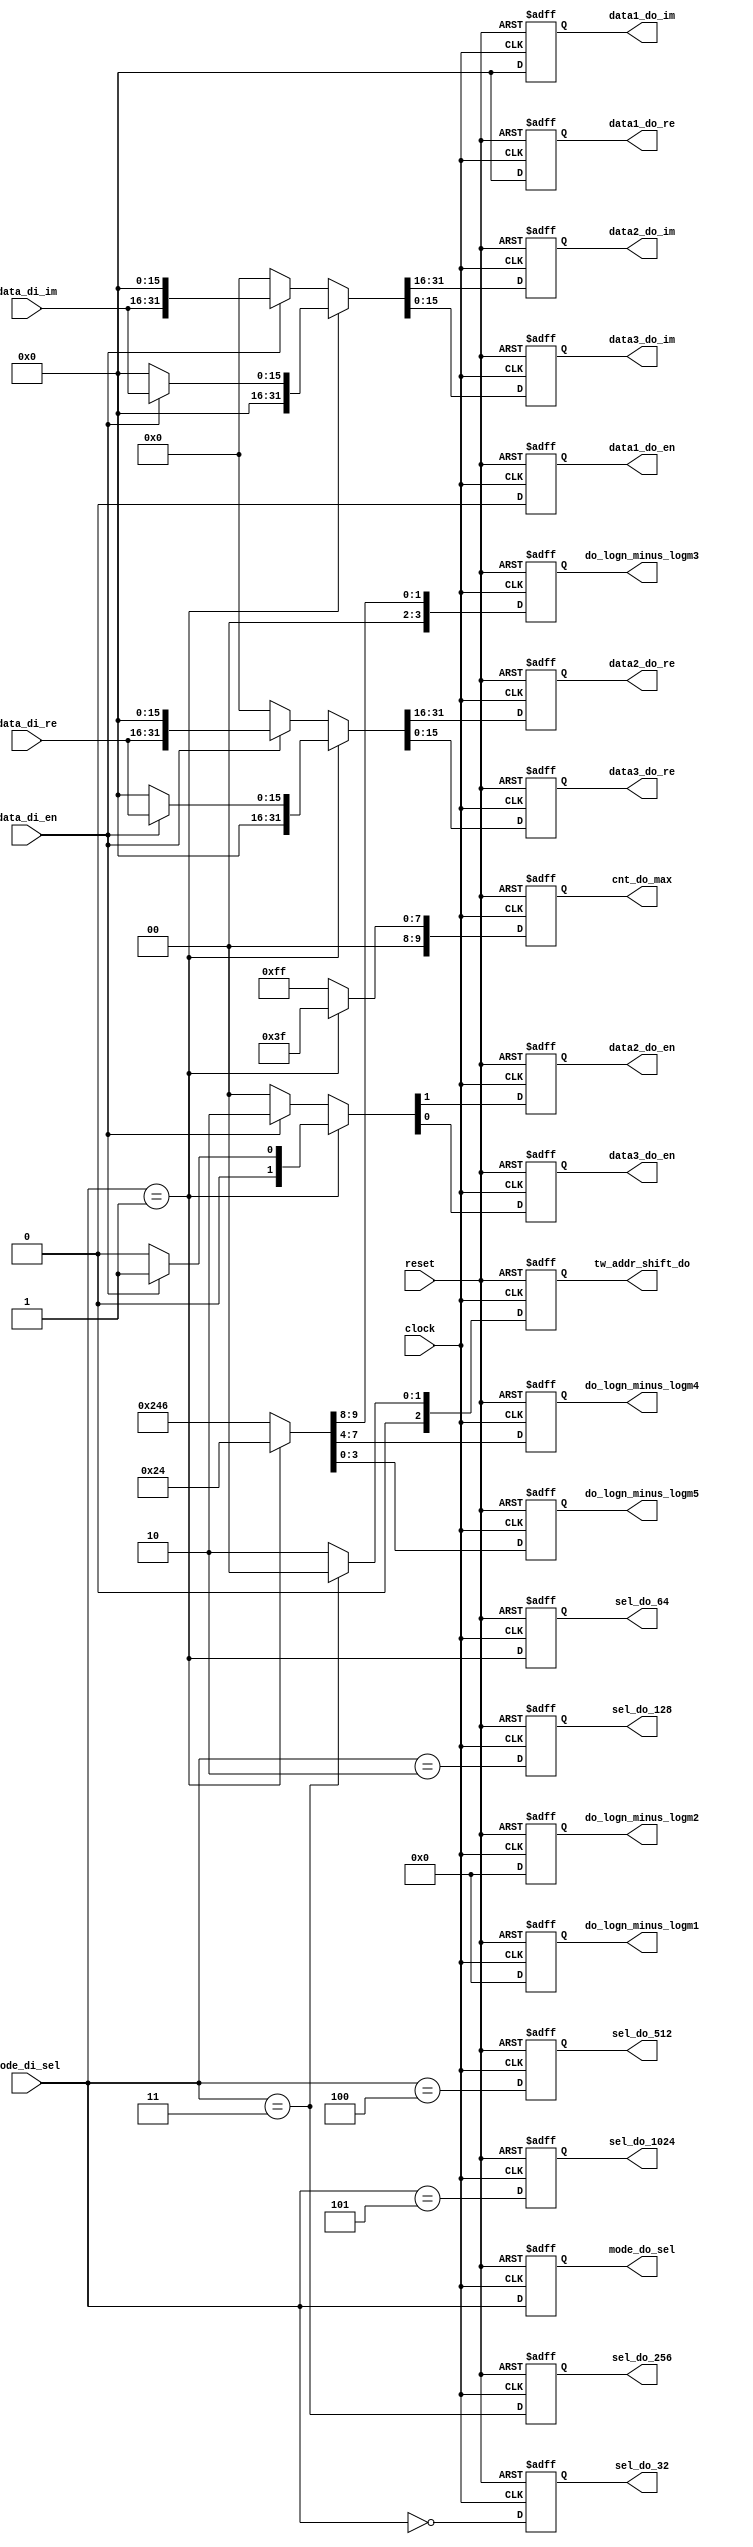
`timescale 1ns / 1ps
//////////////////////////////////////////////////////////////////////////////////
// Company: 
// Engineer: 
// 
// Design Name: 
// Module Name: InputCircuit
// Project Name: 
// Target Devices: 
// Tool Versions: 
// Description: 
// 
// Dependencies: 
// 
// Revision:
// Revision 0.01 - File Created
// Additional Comments:
// 
//////////////////////////////////////////////////////////////////////////////////

module InputCircuit
#(
	parameter   WIDTH = 16
)
(
	input				 clock       , // Master Clock
	input 				 reset       , // Active High Asynchronous Reset
	input 	[2:0] 		 mode_di_sel , // Point Select
	input 			     data_di_en  , // Input Data Enable
	input  [WIDTH-1 : 0] data_di_re  , // Input Data (Real)
	input  [WIDTH-1 : 0] data_di_im  , // Input Data (Imag)

	output 				 sel_do_32   ,
	output 				 sel_do_64   ,
	output 				 sel_do_128  ,
	output 				 sel_do_256  ,
	output 				 sel_do_512  ,
	output 				 sel_do_1024 ,
	output 				 data1_do_en , // Output Data1 Enable
	output 				 data2_do_en , // Output Data2 Enable
	output 				 data3_do_en , // Output Data3 Enable
	output [WIDTH-1 : 0] data1_do_re , // Output Data1 (Real) 
	output [WIDTH-1 : 0] data2_do_re , // Output Data2 (Real)
	output [WIDTH-1 : 0] data3_do_re , // Output Data3 (Real)
	output [WIDTH-1 : 0] data1_do_im , // Output Data1 (Imag)
	output [WIDTH-1 : 0] data2_do_im , // Output Data2 (Imag)
	output [WIDTH-1 : 0] data3_do_im , // Output Data3 (Imag)

	output [2:0] 	tw_addr_shift_do ,
	output [9:0]		 cnt_do_max	 , // Max=1023
	output [2:0] 		 mode_do_sel , // Point Select
	output [3:0] do_logn_minus_logm1 , // 
	output [3:0] do_logn_minus_logm2 , // 
	output [3:0] do_logn_minus_logm3 , // 
	output [3:0] do_logn_minus_logm4 , // 
	output [3:0] do_logn_minus_logm5   // 
);

//-----------------------------------------------------------------------
// mode_sel: 3'b000: 32   point FFT;	mode_sel: 3'b001: 64   point FFT;
// mode_sel: 3'b010: 128  point FFT;	mode_sel: 3'b011: 256  point FFT;
// mode_sel: 3'b100: 512  point FFT;	mode_sel: 3'b101: 1024 point FFT;
//-----------------------------------------------------------------------

localparam mode32   = 0;
localparam mode64   = 1;
localparam mode128  = 2;
localparam mode256  = 3;
localparam mode512  = 4;
localparam mode1024 = 5;


wire sel_32,sel_128,sel_512;
wire sel_64,sel_256,sel_1024;

assign sel_32  = (mode_di_sel==3'b000);
assign sel_128 = (mode_di_sel==3'b010);
assign sel_512 = (mode_di_sel==3'b100);

assign sel_64   = (mode_di_sel==3'b001);
assign sel_256  = (mode_di_sel==3'b011);
assign sel_1024 = (mode_di_sel==3'b101);


reg [2:0] 		 tw_addr_shift ;
reg [9:0]		 reg_cnt_max   ; // Max=1023
reg [3:0] 		reg_logn_minus_logm1 ; // 
reg [3:0] 		reg_logn_minus_logm2 ; // 
reg [3:0] 		reg_logn_minus_logm3 ; // 
reg [3:0] 		reg_logn_minus_logm4 ; // 
reg [3:0] 		reg_logn_minus_logm5 ; // 

reg 			  reg_data1_en ; // Reg Data1 Enable
reg 			  reg_data2_en ; // Reg Data2 Enable
reg 			  reg_data3_en ; // Reg Data3 Enable
reg [WIDTH-1 : 0] reg_data1_re ; // Reg Data1 (Real) 
reg [WIDTH-1 : 0] reg_data2_re ; // Reg Data2 (Real)
reg [WIDTH-1 : 0] reg_data3_re ; // Reg Data3 (Real)
reg [WIDTH-1 : 0] reg_data1_im ; // Reg Data1 (Imag)
reg [WIDTH-1 : 0] reg_data2_im ; // Reg Data2 (Imag)
reg [WIDTH-1 : 0] reg_data3_im ; // Reg Data3 (Imag)


always @(*) begin 
	case(mode_di_sel)
		// mode32:begin
		// 	{reg_logn_minus_logm1,reg_logn_minus_logm2,reg_logn_minus_logm3,reg_logn_minus_logm4,reg_logn_minus_logm5}={4'd0,4'd0,4'd0,4'd2,4'd0};//2:log2(32)-log2(8)
		// 	{reg_data1_en,reg_data2_en,reg_data3_en}=data_di_en ? {1'b0,1'b0,1'b1} : {1'b0,1'b0,1'b0};
		// 	{reg_data1_re,reg_data2_re,reg_data3_re}=data_di_en ? {{WIDTH{1'b0}},{WIDTH{1'b0}},data_di_re} : {{WIDTH{1'b0}},{WIDTH{1'b0}},{WIDTH{1'b0}}};
		// 	{reg_data1_im,reg_data2_im,reg_data3_im}=data_di_en ? {{WIDTH{1'b0}},{WIDTH{1'b0}},data_di_im} : {{WIDTH{1'b0}},{WIDTH{1'b0}},{WIDTH{1'b0}}};
		// 	reg_cnt_max   = 10'd31;
		// 	tw_addr_shift = 3'd5;
		// end
		mode64:begin
			{reg_logn_minus_logm1,reg_logn_minus_logm2,reg_logn_minus_logm3,reg_logn_minus_logm4,reg_logn_minus_logm5}={4'd0,4'd0,4'd0,4'd2,4'd4};
			{reg_data1_en,reg_data2_en,reg_data3_en}=data_di_en ? {1'b0,1'b0,1'b1} : {1'b0,1'b0,1'b0};
			{reg_data1_re,reg_data2_re,reg_data3_re}=data_di_en ? {{WIDTH{1'b0}},{WIDTH{1'b0}},data_di_re} : {{WIDTH{1'b0}},{WIDTH{1'b0}},{WIDTH{1'b0}}};
			{reg_data1_im,reg_data2_im,reg_data3_im}=data_di_en ? {{WIDTH{1'b0}},{WIDTH{1'b0}},data_di_im} : {{WIDTH{1'b0}},{WIDTH{1'b0}},{WIDTH{1'b0}}};
			reg_cnt_max=10'd63;
			tw_addr_shift= 3'd2;			
		end
		// mode128:begin
		// 	{reg_logn_minus_logm1,reg_logn_minus_logm2,reg_logn_minus_logm3,reg_logn_minus_logm4,reg_logn_minus_logm5}={4'd0,4'd0,4'd2,4'd4,4'd0};
		// 	{reg_data1_en,reg_data2_en,reg_data3_en}=data_di_en ? {1'b0,1'b1,1'b0} : {1'b0,1'b0,1'b0};
		// 	{reg_data1_re,reg_data2_re,reg_data3_re}=data_di_en ? {{WIDTH{1'b0}},data_di_re,{WIDTH{1'b0}}} : {{WIDTH{1'b0}},{WIDTH{1'b0}},{WIDTH{1'b0}}};
		// 	{reg_data1_im,reg_data2_im,reg_data3_im}=data_di_en ? {{WIDTH{1'b0}},data_di_im,{WIDTH{1'b0}}} : {{WIDTH{1'b0}},{WIDTH{1'b0}},{WIDTH{1'b0}}};
		// 	reg_cnt_max   = 10'd127;
		// 	tw_addr_shift = 3'd3;
		// end
		mode256:begin
			{reg_logn_minus_logm1,reg_logn_minus_logm2,reg_logn_minus_logm3,reg_logn_minus_logm4,reg_logn_minus_logm5}={4'd0,4'd0,4'd2,4'd4,4'd6};
			{reg_data1_en,reg_data2_en,reg_data3_en}=data_di_en ? {1'b0,1'b1,1'b0} : {1'b0,1'b0,1'b0};
			{reg_data1_re,reg_data2_re,reg_data3_re}=data_di_en ? {{WIDTH{1'b0}},data_di_re,{WIDTH{1'b0}}} : {{WIDTH{1'b0}},{WIDTH{1'b0}},{WIDTH{1'b0}}};
			{reg_data1_im,reg_data2_im,reg_data3_im}=data_di_en ? {{WIDTH{1'b0}},data_di_im,{WIDTH{1'b0}}} : {{WIDTH{1'b0}},{WIDTH{1'b0}},{WIDTH{1'b0}}};
			reg_cnt_max   = 10'd255;
			tw_addr_shift = 3'd0;
		end
		// mode512:begin
		// 	{reg_logn_minus_logm1,reg_logn_minus_logm2,reg_logn_minus_logm3,reg_logn_minus_logm4,reg_logn_minus_logm5}={4'd0,4'd2,4'd4,4'd6,4'd0};
		// 	{reg_data1_en,reg_data2_en,reg_data3_en}=data_di_en ? {1'b1,1'b0,1'b0} : {1'b0,1'b0,1'b0};
		// 	{reg_data1_re,reg_data2_re,reg_data3_re}=data_di_en ? {data_di_re,{WIDTH{1'b0}},{WIDTH{1'b0}}} : {{WIDTH{1'b0}},{WIDTH{1'b0}},{WIDTH{1'b0}}};
		// 	{reg_data1_im,reg_data2_im,reg_data3_im}=data_di_en ? {data_di_im,{WIDTH{1'b0}},{WIDTH{1'b0}}} : {{WIDTH{1'b0}},{WIDTH{1'b0}},{WIDTH{1'b0}}};
		// 	reg_cnt_max   = 10'd511;
		// 	tw_addr_shift = 3'd1;
		// end
		// mode1024:begin
		// 	{reg_logn_minus_logm1,reg_logn_minus_logm2,reg_logn_minus_logm3,reg_logn_minus_logm4,reg_logn_minus_logm5}={4'd0,4'd2,4'd4,4'd6,4'd8};
		// 	{reg_data1_en,reg_data2_en,reg_data3_en}=data_di_en ? {1'b1,1'b0,1'b0} : {1'b0,1'b0,1'b0};
		// 	{reg_data1_re,reg_data2_re,reg_data3_re}=data_di_en ? {data_di_re,{WIDTH{1'b0}},{WIDTH{1'b0}}} : {{WIDTH{1'b0}},{WIDTH{1'b0}},{WIDTH{1'b0}}};
		// 	{reg_data1_im,reg_data2_im,reg_data3_im}=data_di_en ? {data_di_im,{WIDTH{1'b0}},{WIDTH{1'b0}}} : {{WIDTH{1'b0}},{WIDTH{1'b0}},{WIDTH{1'b0}}};
		// 	reg_cnt_max   = 10'd1023;
		// 	tw_addr_shift = 3'd0;
		// end
		default:begin
			// {reg_logn_minus_logm1,reg_logn_minus_logm2,reg_logn_minus_logm3,reg_logn_minus_logm4,reg_logn_minus_logm5}={4'd0,4'd2,4'd4,4'd6,4'd8};
			// {reg_data1_en,reg_data2_en,reg_data3_en}=data_di_en ? {1'b1,1'b0,1'b0} : {1'b0,1'b0,1'b0};
			// {reg_data1_re,reg_data2_re,reg_data3_re}=data_di_en ? {data_di_re,{WIDTH{1'b0}},{WIDTH{1'b0}}} : {{WIDTH{1'b0}},{WIDTH{1'b0}},{WIDTH{1'b0}}};
			// {reg_data1_im,reg_data2_im,reg_data3_im}=data_di_en ? {data_di_im,{WIDTH{1'b0}},{WIDTH{1'b0}}} : {{WIDTH{1'b0}},{WIDTH{1'b0}},{WIDTH{1'b0}}};
			// reg_cnt_max   = 10'd1023;
			// tw_addr_shift = 3'd0;
			{reg_logn_minus_logm1,reg_logn_minus_logm2,reg_logn_minus_logm3,reg_logn_minus_logm4,reg_logn_minus_logm5}={4'd0,4'd0,4'd2,4'd4,4'd6};
			{reg_data1_en,reg_data2_en,reg_data3_en}=data_di_en ? {1'b0,1'b1,1'b0} : {1'b0,1'b0,1'b0};
			{reg_data1_re,reg_data2_re,reg_data3_re}=data_di_en ? {{WIDTH{1'b0}},data_di_re,{WIDTH{1'b0}}} : {{WIDTH{1'b0}},{WIDTH{1'b0}},{WIDTH{1'b0}}};
			{reg_data1_im,reg_data2_im,reg_data3_im}=data_di_en ? {{WIDTH{1'b0}},data_di_im,{WIDTH{1'b0}}} : {{WIDTH{1'b0}},{WIDTH{1'b0}},{WIDTH{1'b0}}};
			reg_cnt_max   = 10'd255;
			tw_addr_shift = 3'd2;
		end
	endcase
end


//-----------------------------------------------------------------------
//	Delay 1 cycle	
//-----------------------------------------------------------------------


reg sel_32_d1,sel_128_d1,sel_512_d1;
reg sel_64_d1,sel_256_d1,sel_1024_d1;
reg [2:0] tw_addr_shift_d1;
reg [9:0] reg_cnt_max_d1          ; // Max=1023
reg [2:0] reg_mode_sel_d1;
reg [3:0] reg_logn_minus_logm1_d1 ; // 
reg [3:0] reg_logn_minus_logm2_d1 ; // 
reg [3:0] reg_logn_minus_logm3_d1 ; // 
reg [3:0] reg_logn_minus_logm4_d1 ; // 
reg [3:0] reg_logn_minus_logm5_d1 ; // 


reg 			  reg_data1_en_d1 ; // Reg Data1 Enable
reg 			  reg_data2_en_d1 ; // Reg Data2 Enable
reg 			  reg_data3_en_d1 ; // Reg Data3 Enable
reg [WIDTH-1 : 0] reg_data1_re_d1 ; // Reg Data1 (Real) 
reg [WIDTH-1 : 0] reg_data2_re_d1 ; // Reg Data2 (Real)
reg [WIDTH-1 : 0] reg_data3_re_d1 ; // Reg Data3 (Real)
reg [WIDTH-1 : 0] reg_data1_im_d1 ; // Reg Data1 (Imag)
reg [WIDTH-1 : 0] reg_data2_im_d1 ; // Reg Data2 (Imag)
reg [WIDTH-1 : 0] reg_data3_im_d1 ; // Reg Data3 (Imag)


always @(posedge clock or posedge reset) begin 
	if(reset)begin
		{sel_32_d1,sel_128_d1,sel_512_d1 } <= {1'b0,1'b0,1'b0};
		{sel_64_d1,sel_256_d1,sel_1024_d1} <= {1'b0,1'b0,1'b0};
		tw_addr_shift_d1				   <= 3'd0 ;
		reg_cnt_max_d1                     <= 10'd0; // Max=1023 
		reg_mode_sel_d1					   <= 3'd0 ;
		reg_logn_minus_logm1_d1            <= 4'd0 ; //
		reg_logn_minus_logm2_d1            <= 4'd0 ; //
		reg_logn_minus_logm3_d1            <= 4'd0 ; //
		reg_logn_minus_logm4_d1            <= 4'd0 ; //
		reg_logn_minus_logm5_d1            <= 4'd0 ; //
		reg_data1_en_d1					   <= 1'b0 ; // Reg Data1 Enable 
		reg_data2_en_d1					   <= 1'b0 ; // Reg Data2 Enable 
		reg_data3_en_d1					   <= 1'b0 ; // Reg Data3 Enable 
		reg_data1_re_d1					   <= 16'd0; // Reg Data1 (Real)  
		reg_data2_re_d1					   <= 16'd0; // Reg Data2 (Real) 
		reg_data3_re_d1					   <= 16'd0; // Reg Data3 (Real) 
		reg_data1_im_d1					   <= 16'd0; // Reg Data1 (Imag) 
		reg_data2_im_d1					   <= 16'd0; // Reg Data2 (Imag) 
		reg_data3_im_d1					   <= 16'd0; // Reg Data3 (Imag) 
	end
	else begin
		{sel_32_d1,sel_128_d1,sel_512_d1 } <= {sel_32,sel_128,sel_512};
		{sel_64_d1,sel_256_d1,sel_1024_d1} <= {sel_64,sel_256,sel_1024};
		tw_addr_shift_d1				   <= tw_addr_shift		   ;
		reg_cnt_max_d1                     <= reg_cnt_max          ; // Max=1023 
		reg_mode_sel_d1					   <= mode_di_sel		   ;
		reg_logn_minus_logm1_d1            <= reg_logn_minus_logm1 ; //
		reg_logn_minus_logm2_d1            <= reg_logn_minus_logm2 ; //
		reg_logn_minus_logm3_d1            <= reg_logn_minus_logm3 ; //
		reg_logn_minus_logm4_d1            <= reg_logn_minus_logm4 ; //
		reg_logn_minus_logm5_d1            <= reg_logn_minus_logm5 ; //
		reg_data1_en_d1					   <= reg_data1_en ; // Reg Data1 Enable 
		reg_data2_en_d1					   <= reg_data2_en ; // Reg Data2 Enable 
		reg_data3_en_d1					   <= reg_data3_en ; // Reg Data3 Enable 
		reg_data1_re_d1					   <= reg_data1_re ; // Reg Data1 (Real)  
		reg_data2_re_d1					   <= reg_data2_re ; // Reg Data2 (Real) 
		reg_data3_re_d1					   <= reg_data3_re ; // Reg Data3 (Real) 
		reg_data1_im_d1					   <= reg_data1_im ; // Reg Data1 (Imag) 
		reg_data2_im_d1					   <= reg_data2_im ; // Reg Data2 (Imag) 
		reg_data3_im_d1					   <= reg_data3_im ; // Reg Data3 (Imag) 
	end
end

//-----------------------------------------------------------------------
//	OUTPUT
//-----------------------------------------------------------------------

assign sel_do_32           = sel_32_d1;
assign sel_do_64           = sel_64_d1;
assign sel_do_128          = sel_128_d1;
assign sel_do_256          = sel_256_d1;
assign sel_do_512          = sel_512_d1;
assign sel_do_1024         = sel_1024_d1;
assign data1_do_en         = reg_data1_en_d1;					 
assign data2_do_en         = reg_data2_en_d1;					 
assign data3_do_en         = reg_data3_en_d1;					 
assign data1_do_re         = reg_data1_re_d1;					  
assign data2_do_re         = reg_data2_re_d1;					 
assign data3_do_re         = reg_data3_re_d1;					 
assign data1_do_im         = reg_data1_im_d1;					 
assign data2_do_im         = reg_data2_im_d1;					 
assign data3_do_im         = reg_data3_im_d1;	

assign tw_addr_shift_do    = tw_addr_shift_d1;				   				 
assign cnt_do_max	       = reg_cnt_max_d1 ;
assign mode_do_sel         = reg_mode_sel_d1;
assign do_logn_minus_logm1 = reg_logn_minus_logm1_d1; 
assign do_logn_minus_logm2 = reg_logn_minus_logm2_d1; 
assign do_logn_minus_logm3 = reg_logn_minus_logm3_d1; 
assign do_logn_minus_logm4 = reg_logn_minus_logm4_d1; 
assign do_logn_minus_logm5 = reg_logn_minus_logm5_d1; 




endmodule